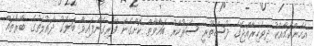
އެހެންކަމާއެކު ދިވެހިރާއްޖޭގެ ދުސްތޫރީ ސަރުކާރު ބަޣާވާތް ކޮށްގެން ފޭރިގެންފައިވާ ބަޔަކު ދައުލަތުގެ ބާރުތައް